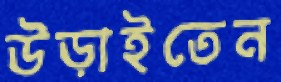
উড়াইতেন